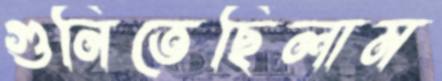
গুনিতেছিলাম